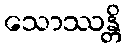
သောဿန္တိ